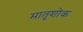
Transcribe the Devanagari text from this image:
मातृशोक